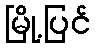
မြို့ပြင်